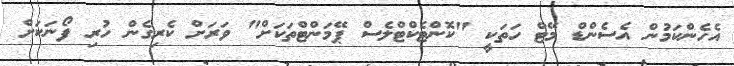
އެހެންކަމުން އެސެންޑް މޭޓް ހަތަކީ "ކޮންޓެކްޓްލެސް ޕޭމަންޓްތަކަށް" ވަރަށް ކެރިގެން ހުރި ފޯނަކަށް